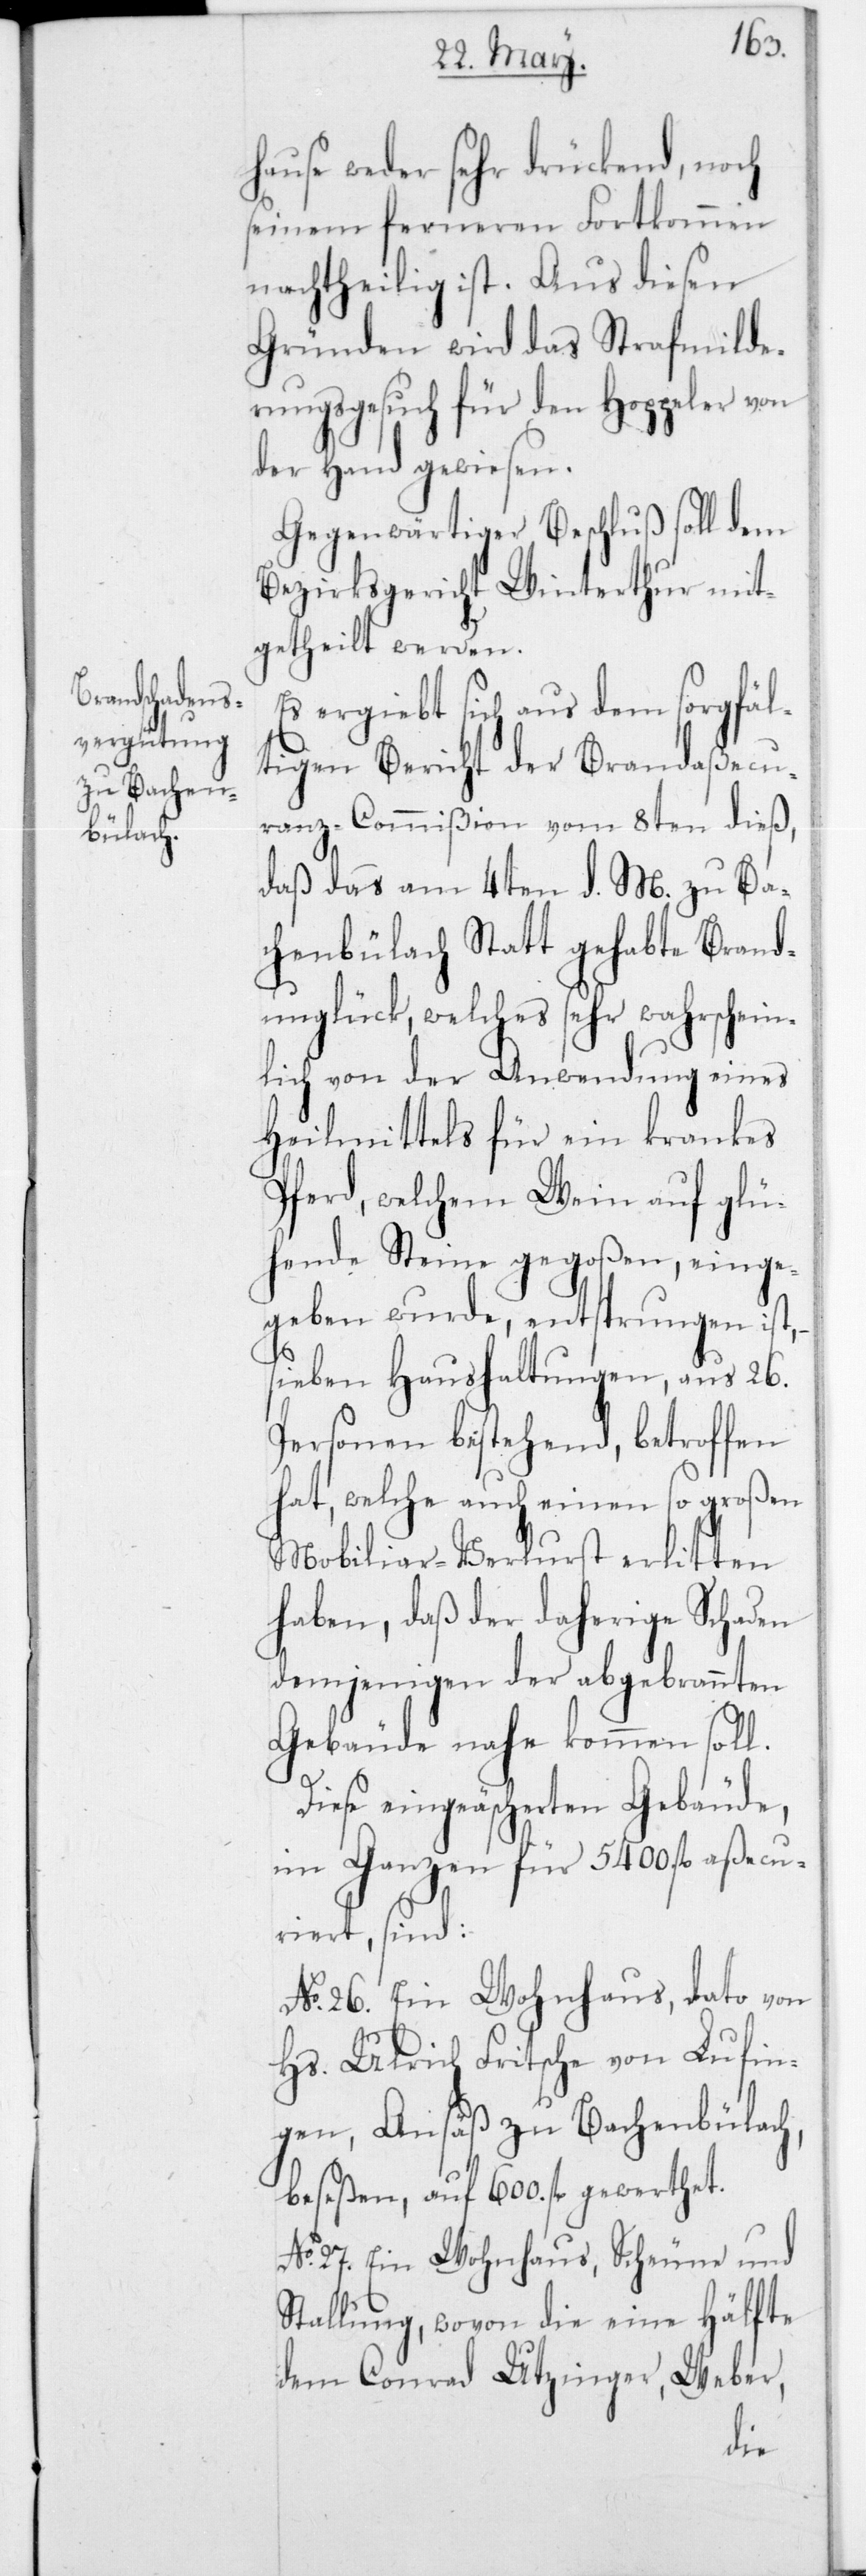
hause weder sehr drückend, noch
seinem ferneren Fortkommen
nachtheilig ist. Aus diesen
Gründen wird das Strafmilde¬
rungsgesuch für den Hoppeler von
der Hand gewiesen.
Gegenwärtiger Beschluß soll dem
Bezirksgericht Winterthur mit¬
getheilt werden.
Es ergiebt sich aus dem sorgfäl¬
tigen Bericht der Brandaßecu¬
ranz-Commißion vom 8ten dieß,
daß das am 4ten d. M. zu Ba¬
chenbülach statt gehabte Brand¬
unglück, welches sehr wahrschein¬
lich von der Anwendung eines
Heilmittels für ein krankes
Pferd, welchem Wein auf glü¬
hende Steine gegoßen, einge¬
geben wurde, entsprungen ist,
sieben Haushaltungen, aus 26
Personen bestehend, betroffen
hat, welche auch einen so großen
Mobiliar-Verlust erlitten
haben, daß der daherige Schaden
demjenigen der abgebrannten
Gebäude nahe kommen soll.
Diese eingeäschereten Gebäude,
im Ganzen für 5400 fl. aßecu¬
riert, sind:
No 26. Ein Wohnhaus, dato von
Hs. Ulrich Fritsche von Lufin¬
gen, Ansäß zu Bachenbülach,
beseßen, auf 600 fl. gewerthet.
No 27. Ein Wohnhaus, Scheune und
Stallung, wovon die eine Hälfte
dem Conrad Utzinger, Weber,